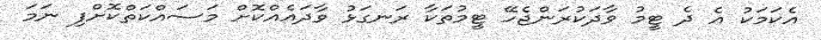
އެކަމަކު އެ ދެ ޓީމު ވާދަކުރަންޖެހޭ ޓީމުތަކާ ރަނގަޅު ވާދައެއްކޮށް މަސައްކަތްކޮށްފި ނަމަ